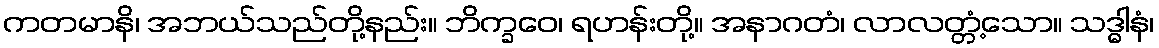
ကတမာနိ၊ အဘယ်သည်တို့နည်း။ ဘိက္ခဝေ၊ ရဟန်းတို့။ အနာဂတံ၊ လာလတ္တံ့သော။ သဒ္ဓါနံ၊